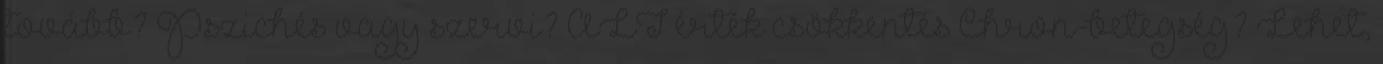
tovább? Pszichés vagy szervi? ALT érték csökkentés Chron-betegség? Lehet,